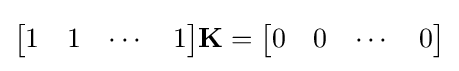
{\begin{bmatrix}1&1&\cdots &1\\\end{bmatrix}}\mathbf {K} ={\begin{bmatrix}0&0&\cdots &0\\\end{bmatrix}}